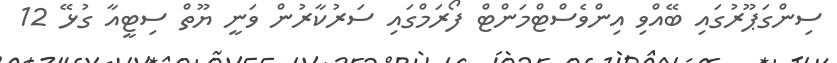
ސިންގަޕޫރުގައި ބޭއްވި އިންވެސްޓްމަންޓް ފޯރަމްގައި ސަރުކާރުން ވަނީ ޔޫތް ސިޓީއާ ގުޅޭ 12